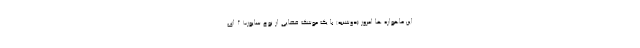
این ماهواره ها امروز (دوشنبه) با یک موشک فضایی از نوع سایوز-۲.۱ ای